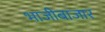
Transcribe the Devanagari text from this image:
भाजीबाजार